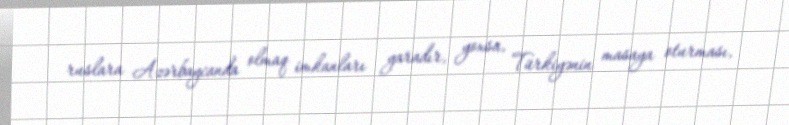
ruslara Azərbaycanda olmaq imkanları yaradır, yoxsa, Türkiyənin masaya oturması,